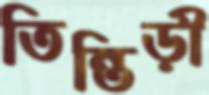
তিন্তিড়ী